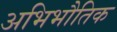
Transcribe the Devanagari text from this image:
अभिभौतिक